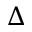
\Delta